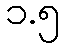
၁.၅